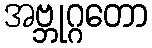
အဗ္ဘုဂ္ဂတော